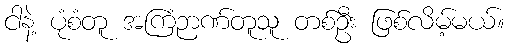
ငါနဲ့ ပုံစံတူ အကြံဉာဏ်တူသူ တစ်ဦး ဖြစ်လိမ့်မယ်။